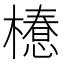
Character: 𣜚